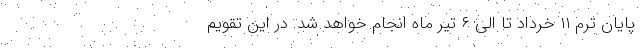
پایان ترم ۱۱ خرداد تا الی ۶ تیر ماه انجام خواهد شد. در این تقویم